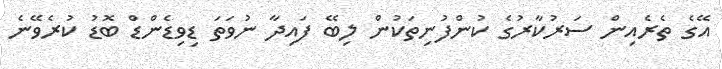
އޭގެ ތެރެއިން ސަރުކާރުގެ ކުންފުނިތަކުން ލިބޭ ފައިދާ ނުވަތަ ޑިވިޑެންޑް ބޮޑު ކުރެވޭނެ